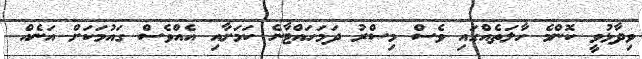
ވިދާޅުވީ ކޮންމެ ހާލަތެއްގައި ވެސް މިސްރު ދަމަހައްޓާނެ ކަމަށާއި އެއްވެސް ގައުމަކަށް އަނެއް